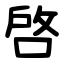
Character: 啓